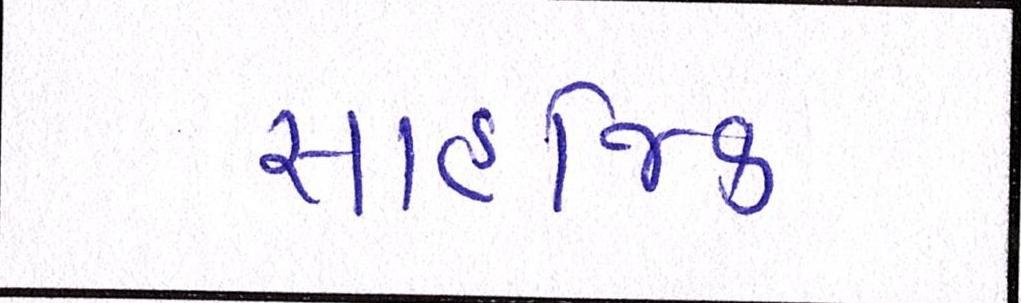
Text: સાહજિક